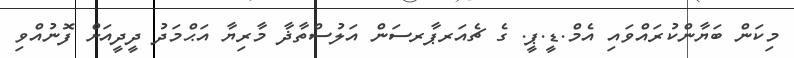
މިކަން ބަޔާންކުރައްވައި އެމް.ޑީ.ޕީ. ގެ ޗެއަރޕާރސަން އަލުސްތާޛާ މާރިޔާ އަޙްމަދު ދީދީއަށް ފޮނުއްވި